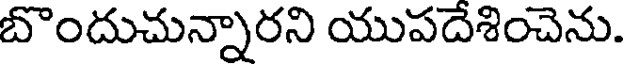
బొందుచున్నారని యుపదేశించెను.